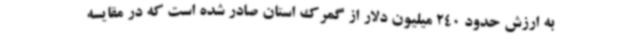
به ارزش حدود 240 میلیون دلار از گمرک استان صادر شده است که در مقایسه